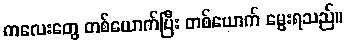
ကလေးတွေ တစ်ယောက်ပြီး တစ်ယောက် မွေးရသည်။